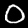
Digit: 0